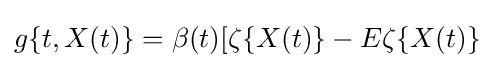
g\{t,X(t)\}=\beta (t)[\zeta \{X(t)\}-E\zeta \{X(t)\}